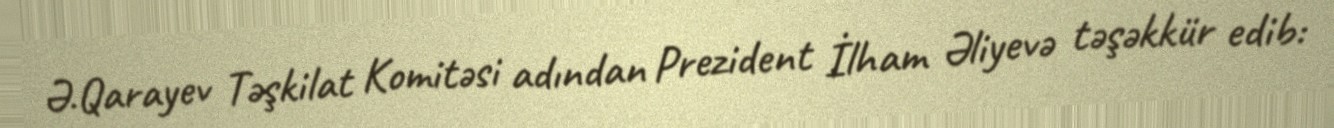
Ə.Qarayev Təşkilat Komitəsi adından Prezident İlham Əliyevə təşəkkür edib: